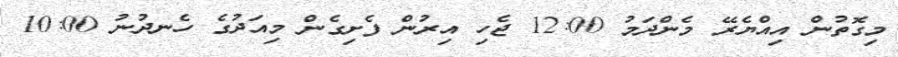
މިގޮތުން އިއްޔެރޭ މެންދަމު 12:00 ޖެހި އިރުން ފެށިގެން މިއަދުގެ ހެނދުނު 10:00